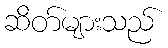
ဆိတ်များသည်